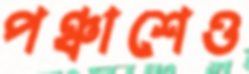
পঞ্চাশেও